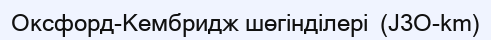
Оксфорд-Кембридж шөгінділері  (J3O-km)